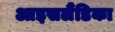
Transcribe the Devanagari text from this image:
आइसलैंडिका